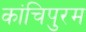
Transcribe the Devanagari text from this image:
कांचिपुरम